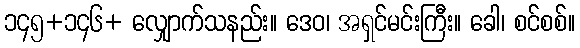
၁၄၅+၁၄၆+ လျှောက်သနည်း။ ဒေဝ၊ အရှင်မင်းကြီး။ ခေါ၊ စင်စစ်။